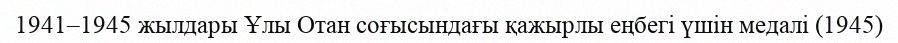
1941–1945 жылдары Ұлы Отан соғысындағы қажырлы еңбегі үшін медалі (1945)